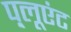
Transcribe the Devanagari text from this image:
प़्लूएंट